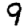
Digit: 9